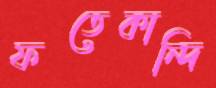
ফতেকান্দি